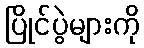
ပြိုင်ပွဲများကို